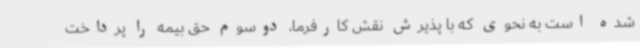
شده است به نحوی که با پذیرش نقش کارفرما، دوسوم حق بیمه را پرداخت